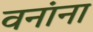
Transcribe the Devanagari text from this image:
वनांना